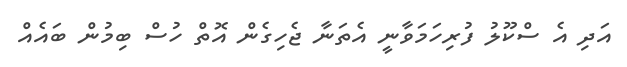
އަދި އެ ސްކޫލު ފުރިހަމަވާނީ އެތަނާ ޖެހިގެން އޮތް ހުސް ބިމުން ބައެއް